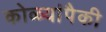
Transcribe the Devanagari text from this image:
कोळ्यांपैकी